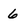
Character: 6